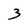
Character: 3